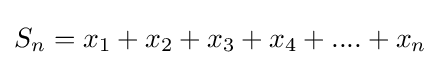
S_{n}=x_{1}+x_{2}+x_{3}+x_{4}+....+x_{n}